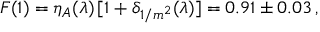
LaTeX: { \cal F } ( 1 ) = \eta _ { A } ( \lambda ) \, [ 1 + \delta _ { 1 / m ^ { 2 } } ( \lambda ) ] = 0 . 9 1 \pm 0 . 0 3 \, ,